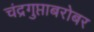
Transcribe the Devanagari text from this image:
चंद्रगुप्ताबरोबर